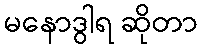
မနောဒွါရ ဆိုတာ